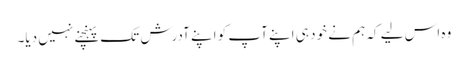
وہ اس لیے کہ ہم نے خود ہی اپنے آپ کو اپنے آدرش تک پہنچنے نہیں دیا۔